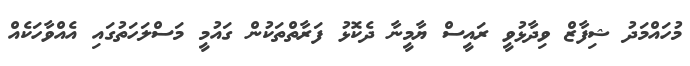
މުހައްމަދު ޝިފާޒް ވިދާޅުވީ ރައީސް ޔާމީނާ ދެކޮޅު ފަރާތްތަކުން ގައުމީ މަސްލަހަތުގައި އެއްވާހަކެއް